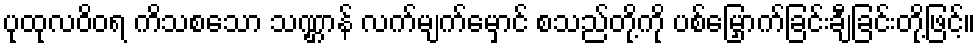
ပုထုလဝိဝရ ကိသစသော သဏ္ဌာန် လက်မျက်မှောင် စသည်တို့ကို ပစ်မြှောက်ခြင်းချီခြင်းတို့ဖြင့်။